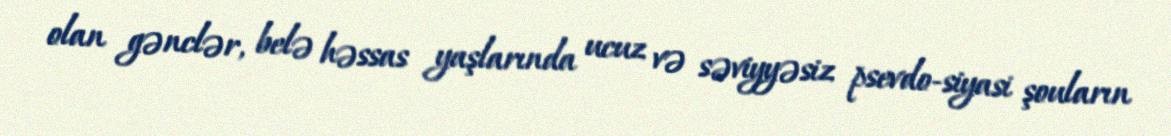
olan gənclər, belə həssas yaşlarında ucuz və səviyyəsiz psevdo-siyasi şouların